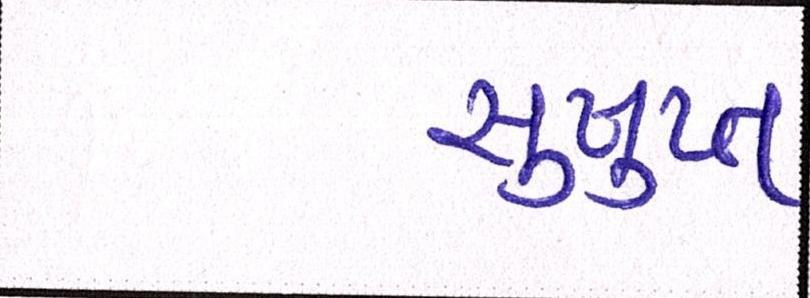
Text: સુષુપ્ત